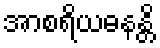
အာစရိယဓနန္တိ